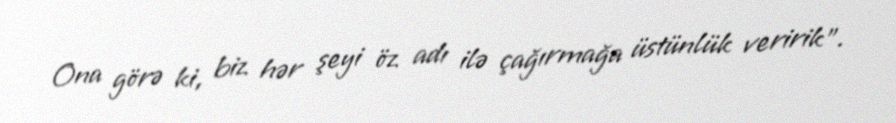
Ona görə ki, biz hər şeyi öz adı ilə çağırmağa üstünlük veririk”.